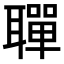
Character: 𫆐